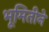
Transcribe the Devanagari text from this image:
भूमितीने